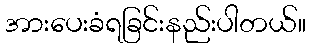
အားပေးခံရခြင်းနည်းပါတယ်။